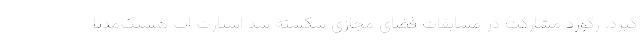
‌گیرد. رکورد مشارکت در مسابقات فضای مجازی شکسته شد استارت اپ هشتگ‌مدیا